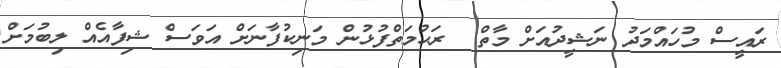
ރައީސް މުހައްމަދު ނަޝީދުއަށް މާތް  ރަޙުމަތްފުޅުން މަނިކުފާނަށް އަވަސް ޝިފާއެއް ލިބުމަށް